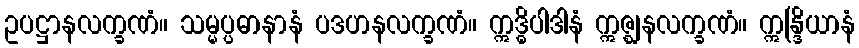
ဥပဋ္ဌာနလက္ခဏံ။ သမ္မပ္ပဓာနာနံ ပဒဟနလက္ခဏံ။ ဣဒ္ဓိပါဒါနံ ဣဇ္ဈနလက္ခဏံ။ ဣန္ဒြိယာနံ